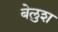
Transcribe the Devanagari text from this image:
बेलुश